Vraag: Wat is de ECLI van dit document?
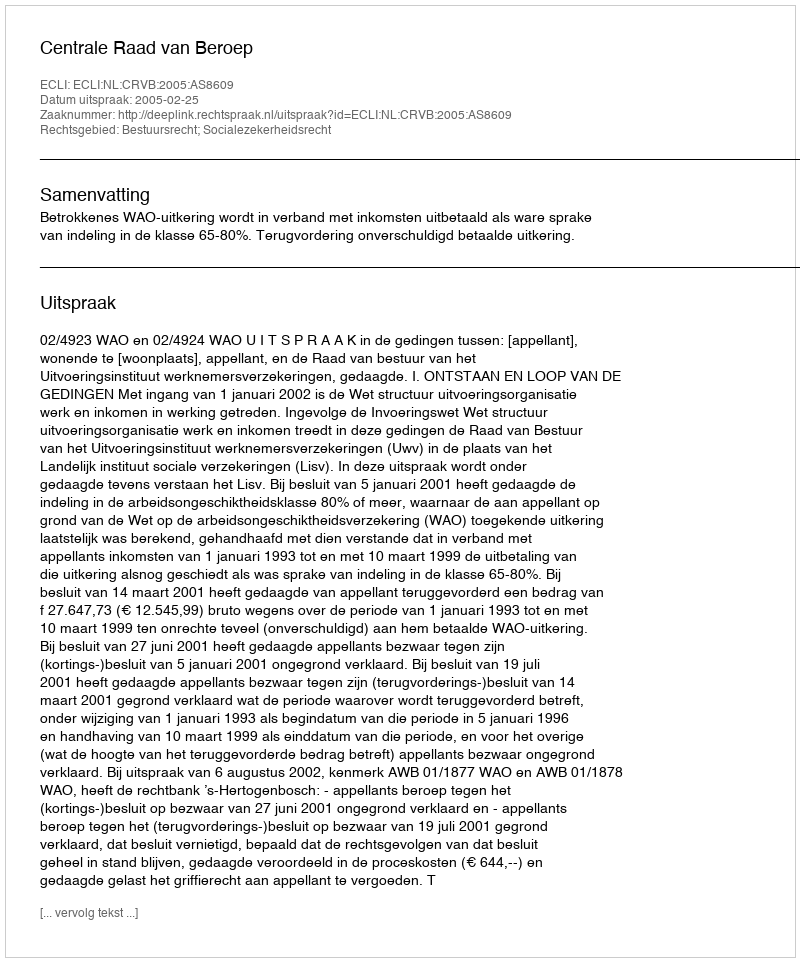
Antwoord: ECLI:NL:CRVB:2005:AS8609